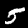
Digit: 5